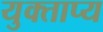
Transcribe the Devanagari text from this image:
युक्ताप्य